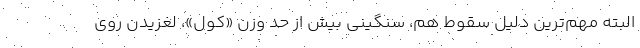
البته مهم‌ترين دليل سقوط هم، سنگيني بيش از حد وزن «كول»، لغزيدن روي